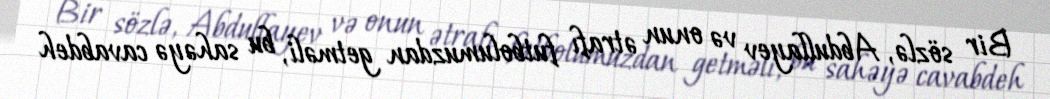
Bir sözlə, Abdullayev və onun ətrafı futbolumuzdan getməli, bu sahəyə cavabdeh